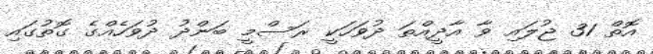
އޮތް 31 ޖުލައި ވާ އާދީއްތަ ދުވަހަކީ ރަސްމީ ބަންދު ދުވަހެއްގެ ގޮތުގައި